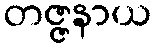
တဇ္ဇနာယ